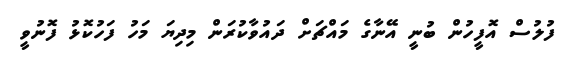
ފުލުސް އޮފީހުން ބުނީ އޭނާގެ މައްޗަށް ދައުވާކުރަން މިދިޔަ މަހު ފަހުކޮޅު ފޮނުވީ